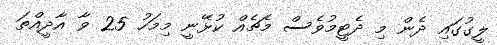
ލީގުގައި ދެން މި ދެޓީމުވެސް މެޗެއް ކުޅޭނީ މިމަހު 25 ވާ އާދީއްތަ